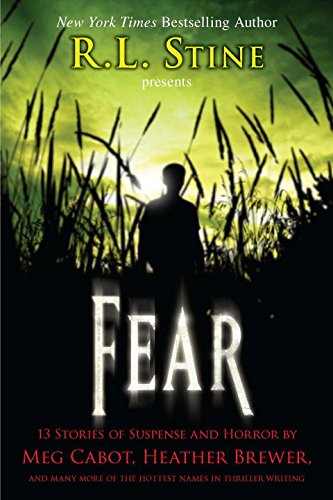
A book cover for Fear: 13 Stories of Suspense and Horror; Teen & Young Adult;